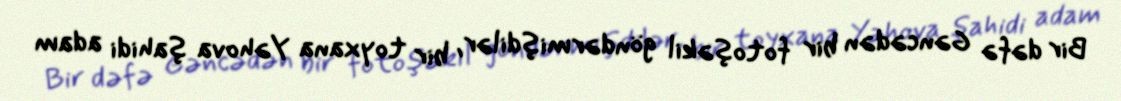
Bir dəfə Gəncədən bir fotoşəkil göndərmişdilər, bir toyxana Yəhova şahidi adam